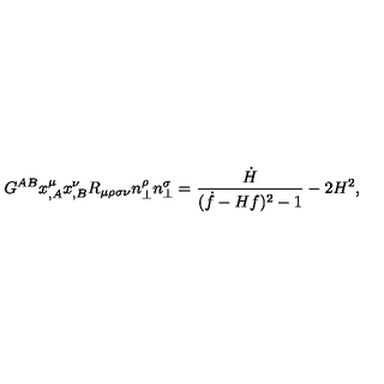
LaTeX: G ^ { A B } x _ { , A } ^ { \mu } x _ { , B } ^ { \nu } R _ { \mu \rho \sigma \nu } n _ { \perp } ^ { \rho } n _ { \perp } ^ { \sigma } = \frac { \dot { H } } { ( \dot { f } - H f ) ^ { 2 } - 1 } - 2 H ^ { 2 } ,